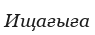
Ищағыға